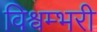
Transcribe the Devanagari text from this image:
विश्वम्भरी